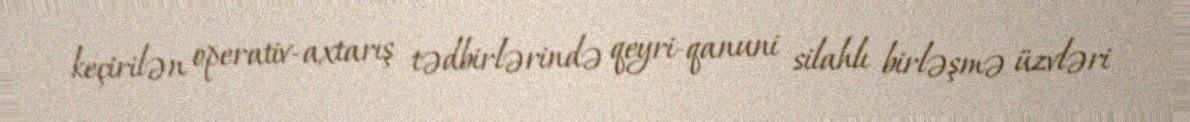
keçirilən operativ-axtarış tədbirlərində qeyri-qanuni silahlı birləşmə üzvləri